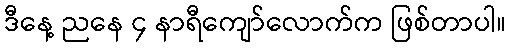
ဒီနေ့ ညနေ ၄ နာရီကျော်လောက်က ဖြစ်တာပါ။